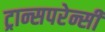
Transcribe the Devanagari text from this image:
ट्रान्सपरेन्सी